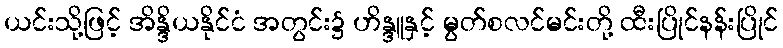
ယင်းသို့ဖြင့် အိန္ဒိယနိုင်ငံ အတွင်း၌ ဟိန္ဒူနှင့် မွတ်စလင်မင်းတို့ ထီးပြိုင်နန်းပြိုင်